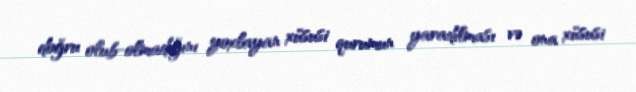
doğru olub-olmadığını yoxlayan xüsusi qurumun yaradılması və ona xüsusi